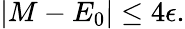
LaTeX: \begin{array}{r}{|M-E_{0}|\leq 4\epsilon.}\end{array}